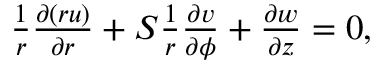
\begin{array} { r } { \frac { 1 } { r } \frac { \partial { ( r u ) } } { \partial { r } } + S \frac { 1 } { r } \frac { \partial { v } } { \partial { \phi } } + \frac { \partial { w } } { \partial { z } } = 0 , } \end{array}